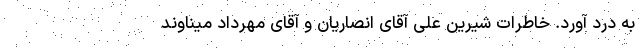
به درد آورد. خاطرات شیرین علی آقای انصاریان و آقای مهرداد میناوند